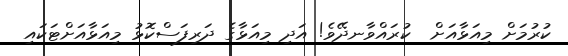
ކުރުމަށް މިއަޅާއަށް  ކުރައްވާނދޭވެ! އަދި މިއަޅާގެ ދަރިފަސްކޮޅު މިއަޅާއަށްޓަކައި